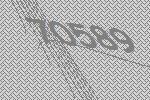
70589